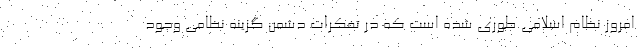
امروز نظام اسلامی طوری شده است که در تفکرات دشمن گزینه نظامی وجود